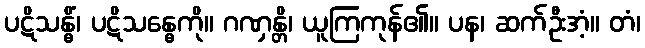
ပဋိသန္ဓိံ၊ ပဋိသန္ဓေကို။ ဂဏှန္တိ၊ ယူကြကုန်၏။ ပန၊ ဆက်ဦးအံ့။ တံ၊